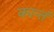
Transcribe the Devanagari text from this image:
कान्तं